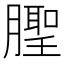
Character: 𬂒